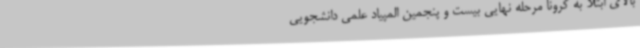
بالای ابتلا به کرونا مرحله نهایی بیست و پنجمین المپیاد علمی دانشجویی